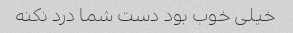
خیلی خوب بود دست شما درد نکنه